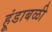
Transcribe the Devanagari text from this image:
हूंडाबळी